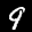
Label: 9